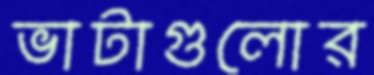
ভাটাগুলোর